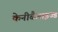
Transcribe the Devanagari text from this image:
केनीबैलाइज्ड